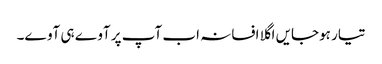
تیار ہوجایں اگلا افسانہ اب آپ پر آوے ہی آوے۔